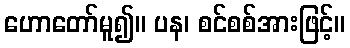
ဟောတော်မူ၍။ ပန၊ စင်စစ်အားဖြင့်။